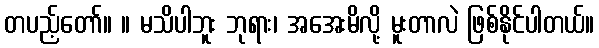
တပည့်တော်။ ။ မသိပါဘူး ဘုရား၊ အအေးမိလို့ မူးတာလဲ ဖြစ်နိုင်ပါတယ်။